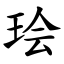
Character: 㻅